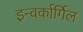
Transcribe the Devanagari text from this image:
इन्वर्कार्गिल